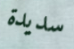
سديدة